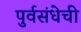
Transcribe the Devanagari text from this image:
पुर्वसंधेची